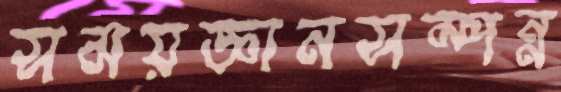
সময়জ্ঞানসম্পন্ন